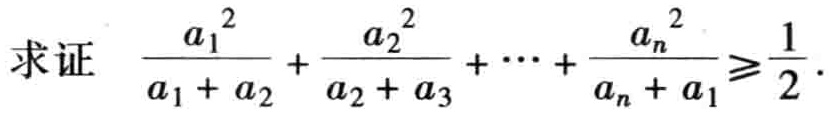
求证 \(\frac{a_{1}^{2}}{a_{1} + a_{2}}+\frac{a_{2}^{2}}{a_{2} + a_{3}}+\cdots+\frac{a_{n}^{2}}{a_{n} + a_{1}}\geqslant\frac{1}{2}\)